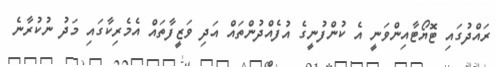
ރައްދުގައި ޓޮޔޯޓާއިންވަނީ އެ ކުންފުނީގެ އުފެއްދުންތައް އަދި ވަޒީފާތައް އެމެރިކާގައި މަދު ނުކުރާނެ